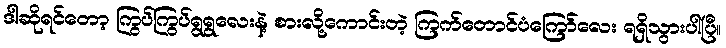
ဒါဆိုရင်တော့ ကြွပ်ကြွပ်ရွရွလေးနဲ့ စားလို့ကောင်းတဲ့ ကြက်တောင်ပံကြော်လေး ရရှိသွားပါပြီ။